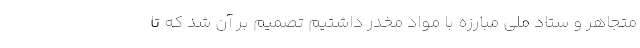
متجاهر و ستاد ملی مبارزه با مواد مخدر داشتیم تصمیم بر آن شد که تا